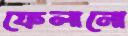
ফেলানো